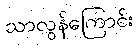
သာလွန်ကြောင်း